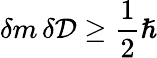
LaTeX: \delta m\, \delta\mathcal{D}\ge\frac{1}{2}\hslash